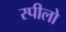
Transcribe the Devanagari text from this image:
स्पीलो